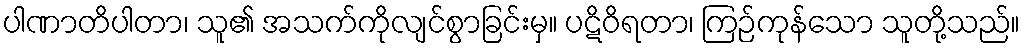
ပါဏာတိပါတာ၊ သူ၏ အသက်ကိုလျင်စွာခြင်းမှ။ ပဋိဝိရတာ၊ ကြဉ်ကုန်သော သူတို့သည်။